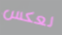
لعكس